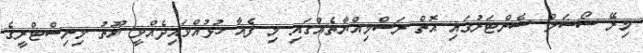
މިރޭ ސޯޝަލް ސެންޓަރުގައި އޮތް ރަސްމިއްޔާތެއްގައި މި ފެއާ ހުޅުއްވައިދެއްވީ ޔޫތު މިނިސްޓްރީގެ